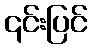
၎င်းပြင်